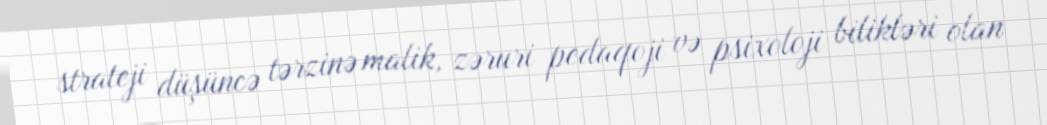
strateji düşüncə tərzinə malik, zəruri pedaqoji və psixoloji bilikləri olan